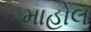
માહોલ